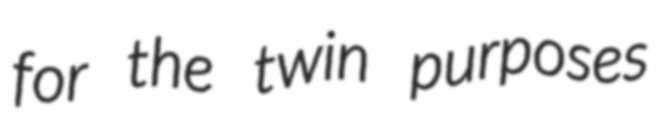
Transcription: for the twin purposes